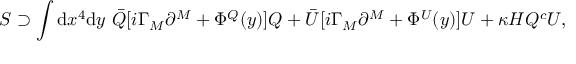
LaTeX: S \supset \int \mathrm { d } x ^ { 4 } \mathrm { d } y ~ \bar { Q } [ i \Gamma _ { M } \partial ^ { M } + \Phi ^ { Q } ( y ) ] Q + \bar { U } [ i \Gamma _ { M } \partial ^ { M } + \Phi ^ { U } ( y ) ] U + \kappa H Q ^ { c } U ,